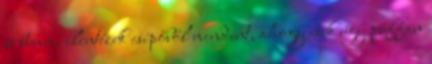
és bumm, elintézek csípőből mindent, ahogy esik úgy puffan